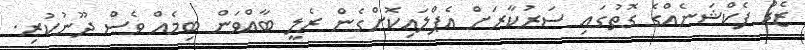
ޒެޑް ފެކްޝަނެއްގެ ގޮތުގައި ސަރުކާރަށް އެޕްލައިކޮށްގެން ރެލީ ބާއްވަން ބިމެއް ވެސް ދޫނުކުރި.